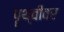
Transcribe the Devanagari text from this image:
पॄथ्वीवर